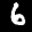
Label: 6